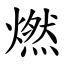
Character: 燃